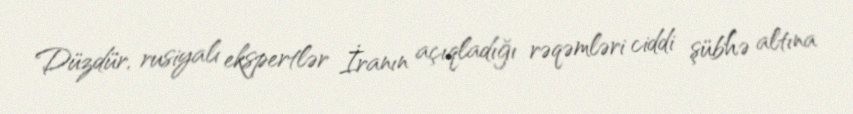
Düzdür, rusiyalı ekspertlər İranın açıqladığı rəqəmləri ciddi şübhə altına